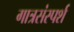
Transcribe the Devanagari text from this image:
गात्रसंस्पर्श